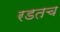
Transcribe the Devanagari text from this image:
रडतच